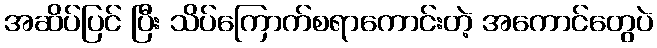
အဆိပ်ပြင် ပြီး သိပ်ကြောက်စရာကောင်းတဲ့ အကောင်တွေပဲ